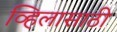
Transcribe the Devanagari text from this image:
व्हिलासाठी